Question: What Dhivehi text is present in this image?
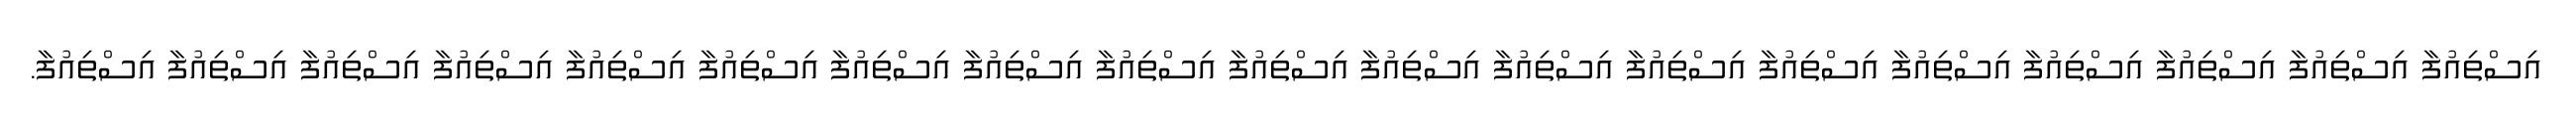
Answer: އިސްތިއުފާ އިސްތިއުފާ އިސްތިއުފާ އިސްތިއުފާ އިސްތިއުފާ އިސްތިއުފާ އިސްތިއުފާ އިސްތިއުފާ އިސްތިއުފާ އިސްތިއުފާ އިސްތިއުފާ އިސްތިއުފާ އިސްތިއުފާ އިސްތިއުފާ އިސްތިއުފާ އިސްތިއުފާ އިސްތިއުފާ އިސްތިއުފާ އިސްތިއުފާ.